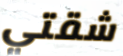
شقتي